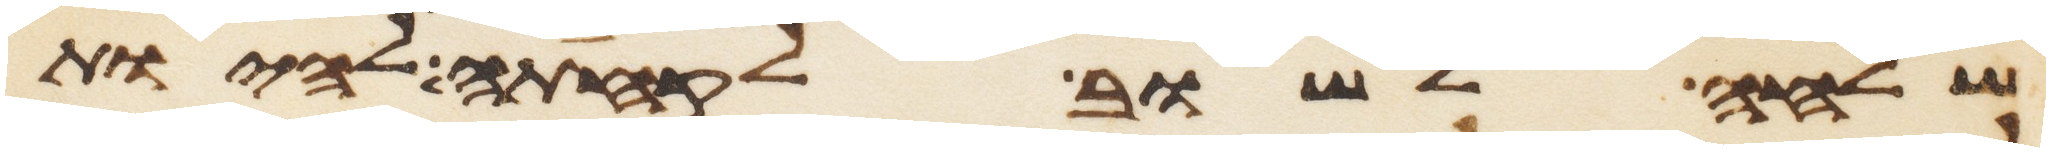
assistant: שלחה לשוב לקחתה להיות